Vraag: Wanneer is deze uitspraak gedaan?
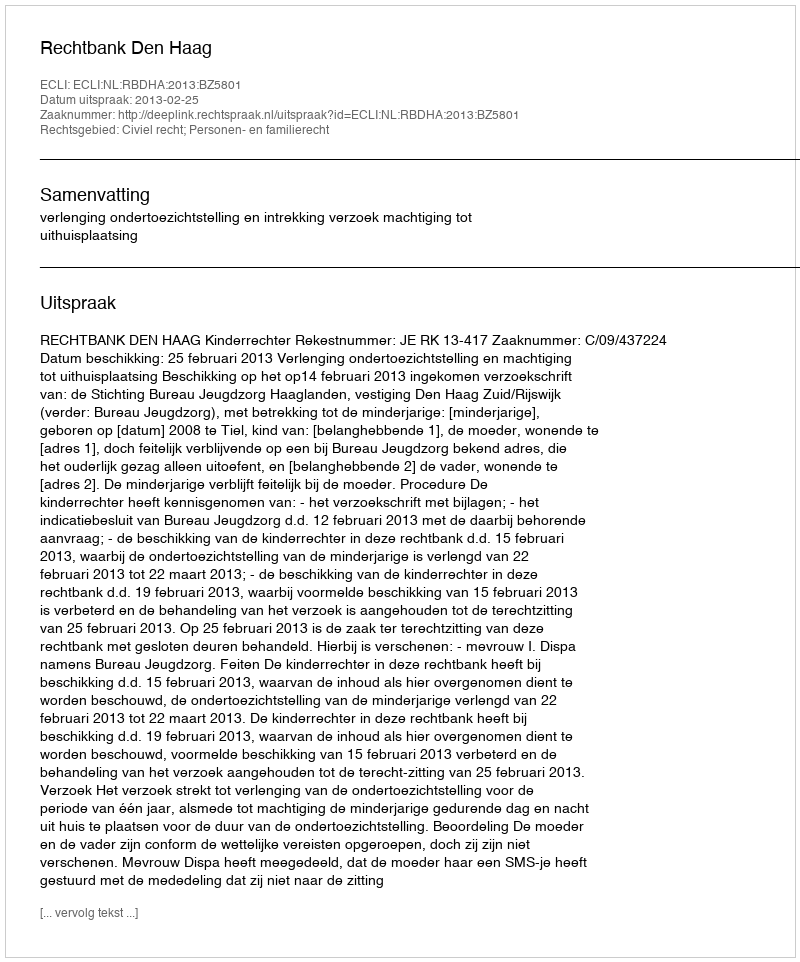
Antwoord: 2013-02-25